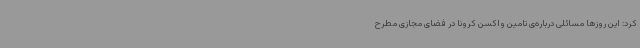
کرد: این روزها مسائلی درباره‌ی تامین واکسن کرونا در فضای مجازی مطرح